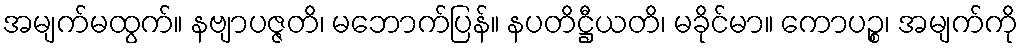
အမျက်မထွက်။ နဗျာပဇ္ဇတိ၊ မဘောက်ပြန်။ နပတိဋ္ဌီယတိ၊ မခိုင်မာ။ ကောပဉ္စ၊ အမျက်ကို